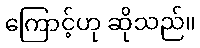
ကြောင့်ဟု ဆိုသည်။